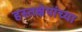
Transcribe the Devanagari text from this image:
हस्तक्षेपांच्या